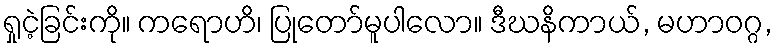
ရှုငဲ့ခြင်းကို။ ကရောဟိ၊ ပြုတော်မူပါလော။ ဒီဃနိကာယ်, မဟာဝဂ္ဂ,